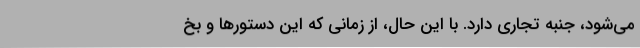
می‌شود، جنبه تجاری دارد. با این حال، از زمانی که این دستورها و بخ